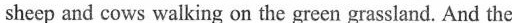
sheep and cows walking on the green grassland. And the